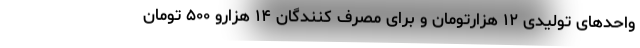
واحدهای تولیدی ۱۲ هزارتومان و برای مصرف کنندگان ۱۴ هزارو ۵۰۰ تومان